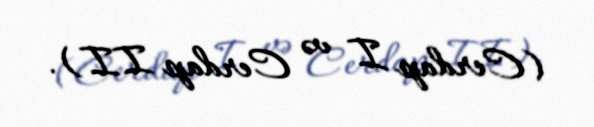
(Cerdap I və Cerdap II).